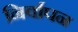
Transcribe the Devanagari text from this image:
निर्वापन